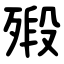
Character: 㱭